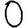
Digit: 0